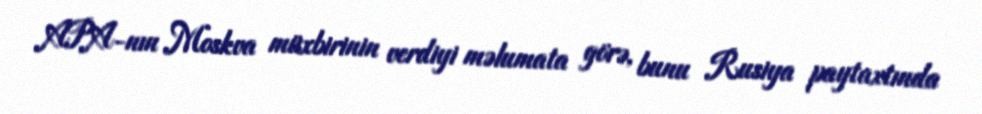
APA-nın Moskva müxbirinin verdiyi məlumata görə, bunu Rusiya paytaxtında